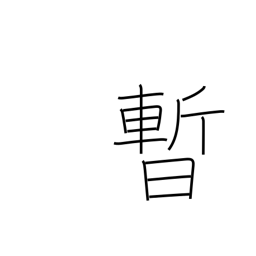
Meaning: moment